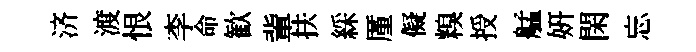
济渡恨李命歓軰扶綵厪儗糗授艋妍閑忘